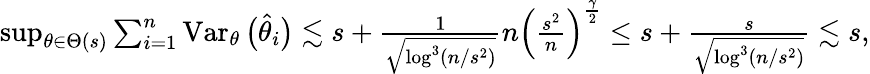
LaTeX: \begin{array}{r}{\operatorname*{sup}_{\theta\in\Theta(s)}\sum_{i=1}^{n}\operatorname{Var}_{\theta}\big(\widehat\theta_{i}\big)\lesssim s+\frac{1}{\sqrt{\log^{3}(n/s^{2})}}n\Big(\frac{s^{2}}{n}\Big)^{\frac{\gamma}{2}}\leq s+\frac{s}{\sqrt{\log^{3}(n/s^{2})}}\lesssim s,}\end{array}